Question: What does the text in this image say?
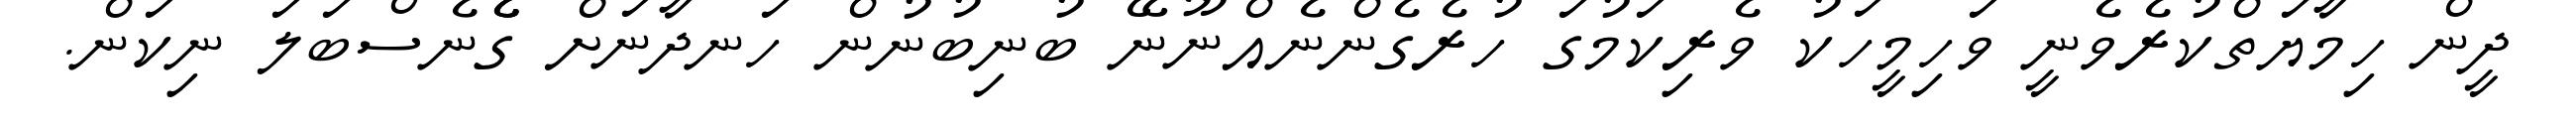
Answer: ދީން ހިމާޔަތްކުރެވެނީ ވަހިމީހަކު ވެރިކަމުގަ ހުރެގެންނެއްނޫނޭ ބުނިބުނުން ހަނދާނަށް ގެެެނެސްބަލަ ނިކަން.